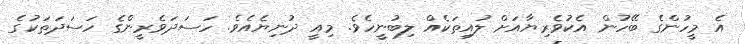
އެ މީހުންގެ ބޭހުން އެކުވެރިޔާއަށް ލުއިތަކެއް ލިބުނީހެވެ. މިއީ ދުނިޔެއެވެ. ހަސަދަވެރީންގެ ހަސަދަތަކުގެ